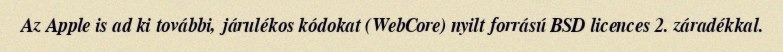
Az Apple is ad ki további, járulékos kódokat (WebCore) nyilt forrású BSD licences 2. záradékkal.